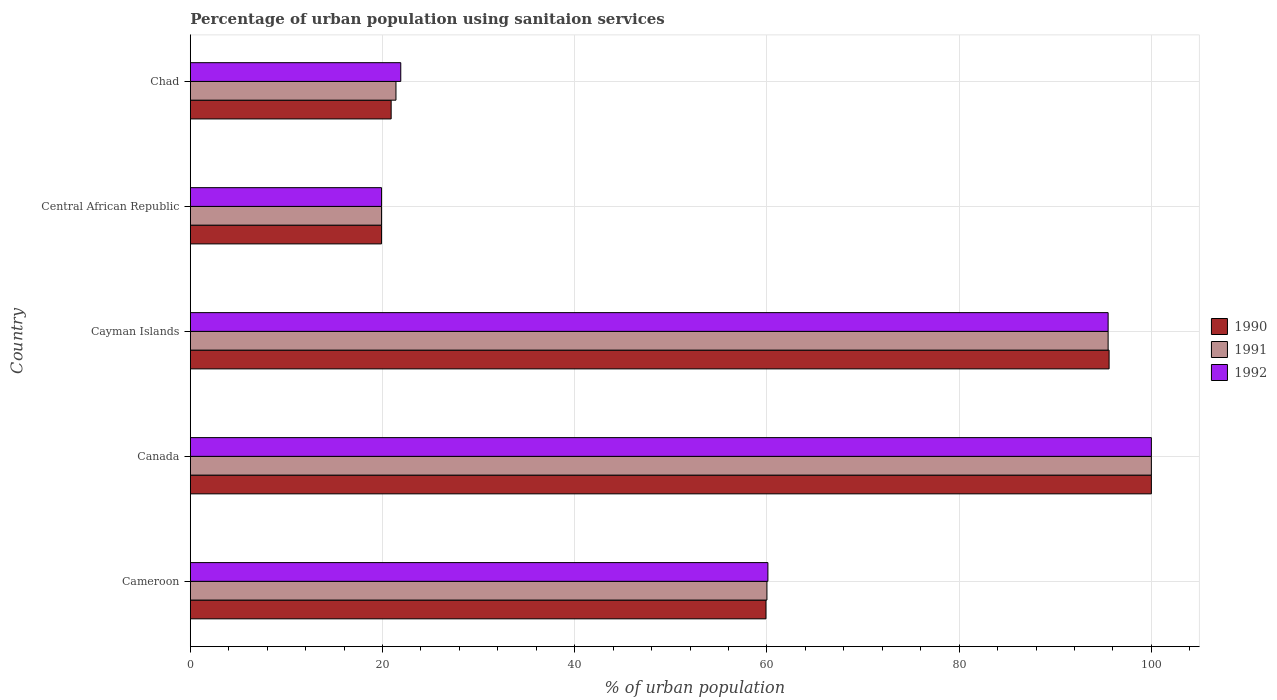
| Country | 1990 | 1991 | 1992 |
 | --- | --- | --- | --- |
 | Cameroon | 59.9 | 60 | 60.1 |
 | Canada | 100 | 100 | 100 |
 | Cayman Islands | 95.6 | 95.5 | 95.5 |
 | Central African Republic | 19.9 | 19.9 | 19.9 |
 | Chad | 20.9 | 21.4 | 21.9 |